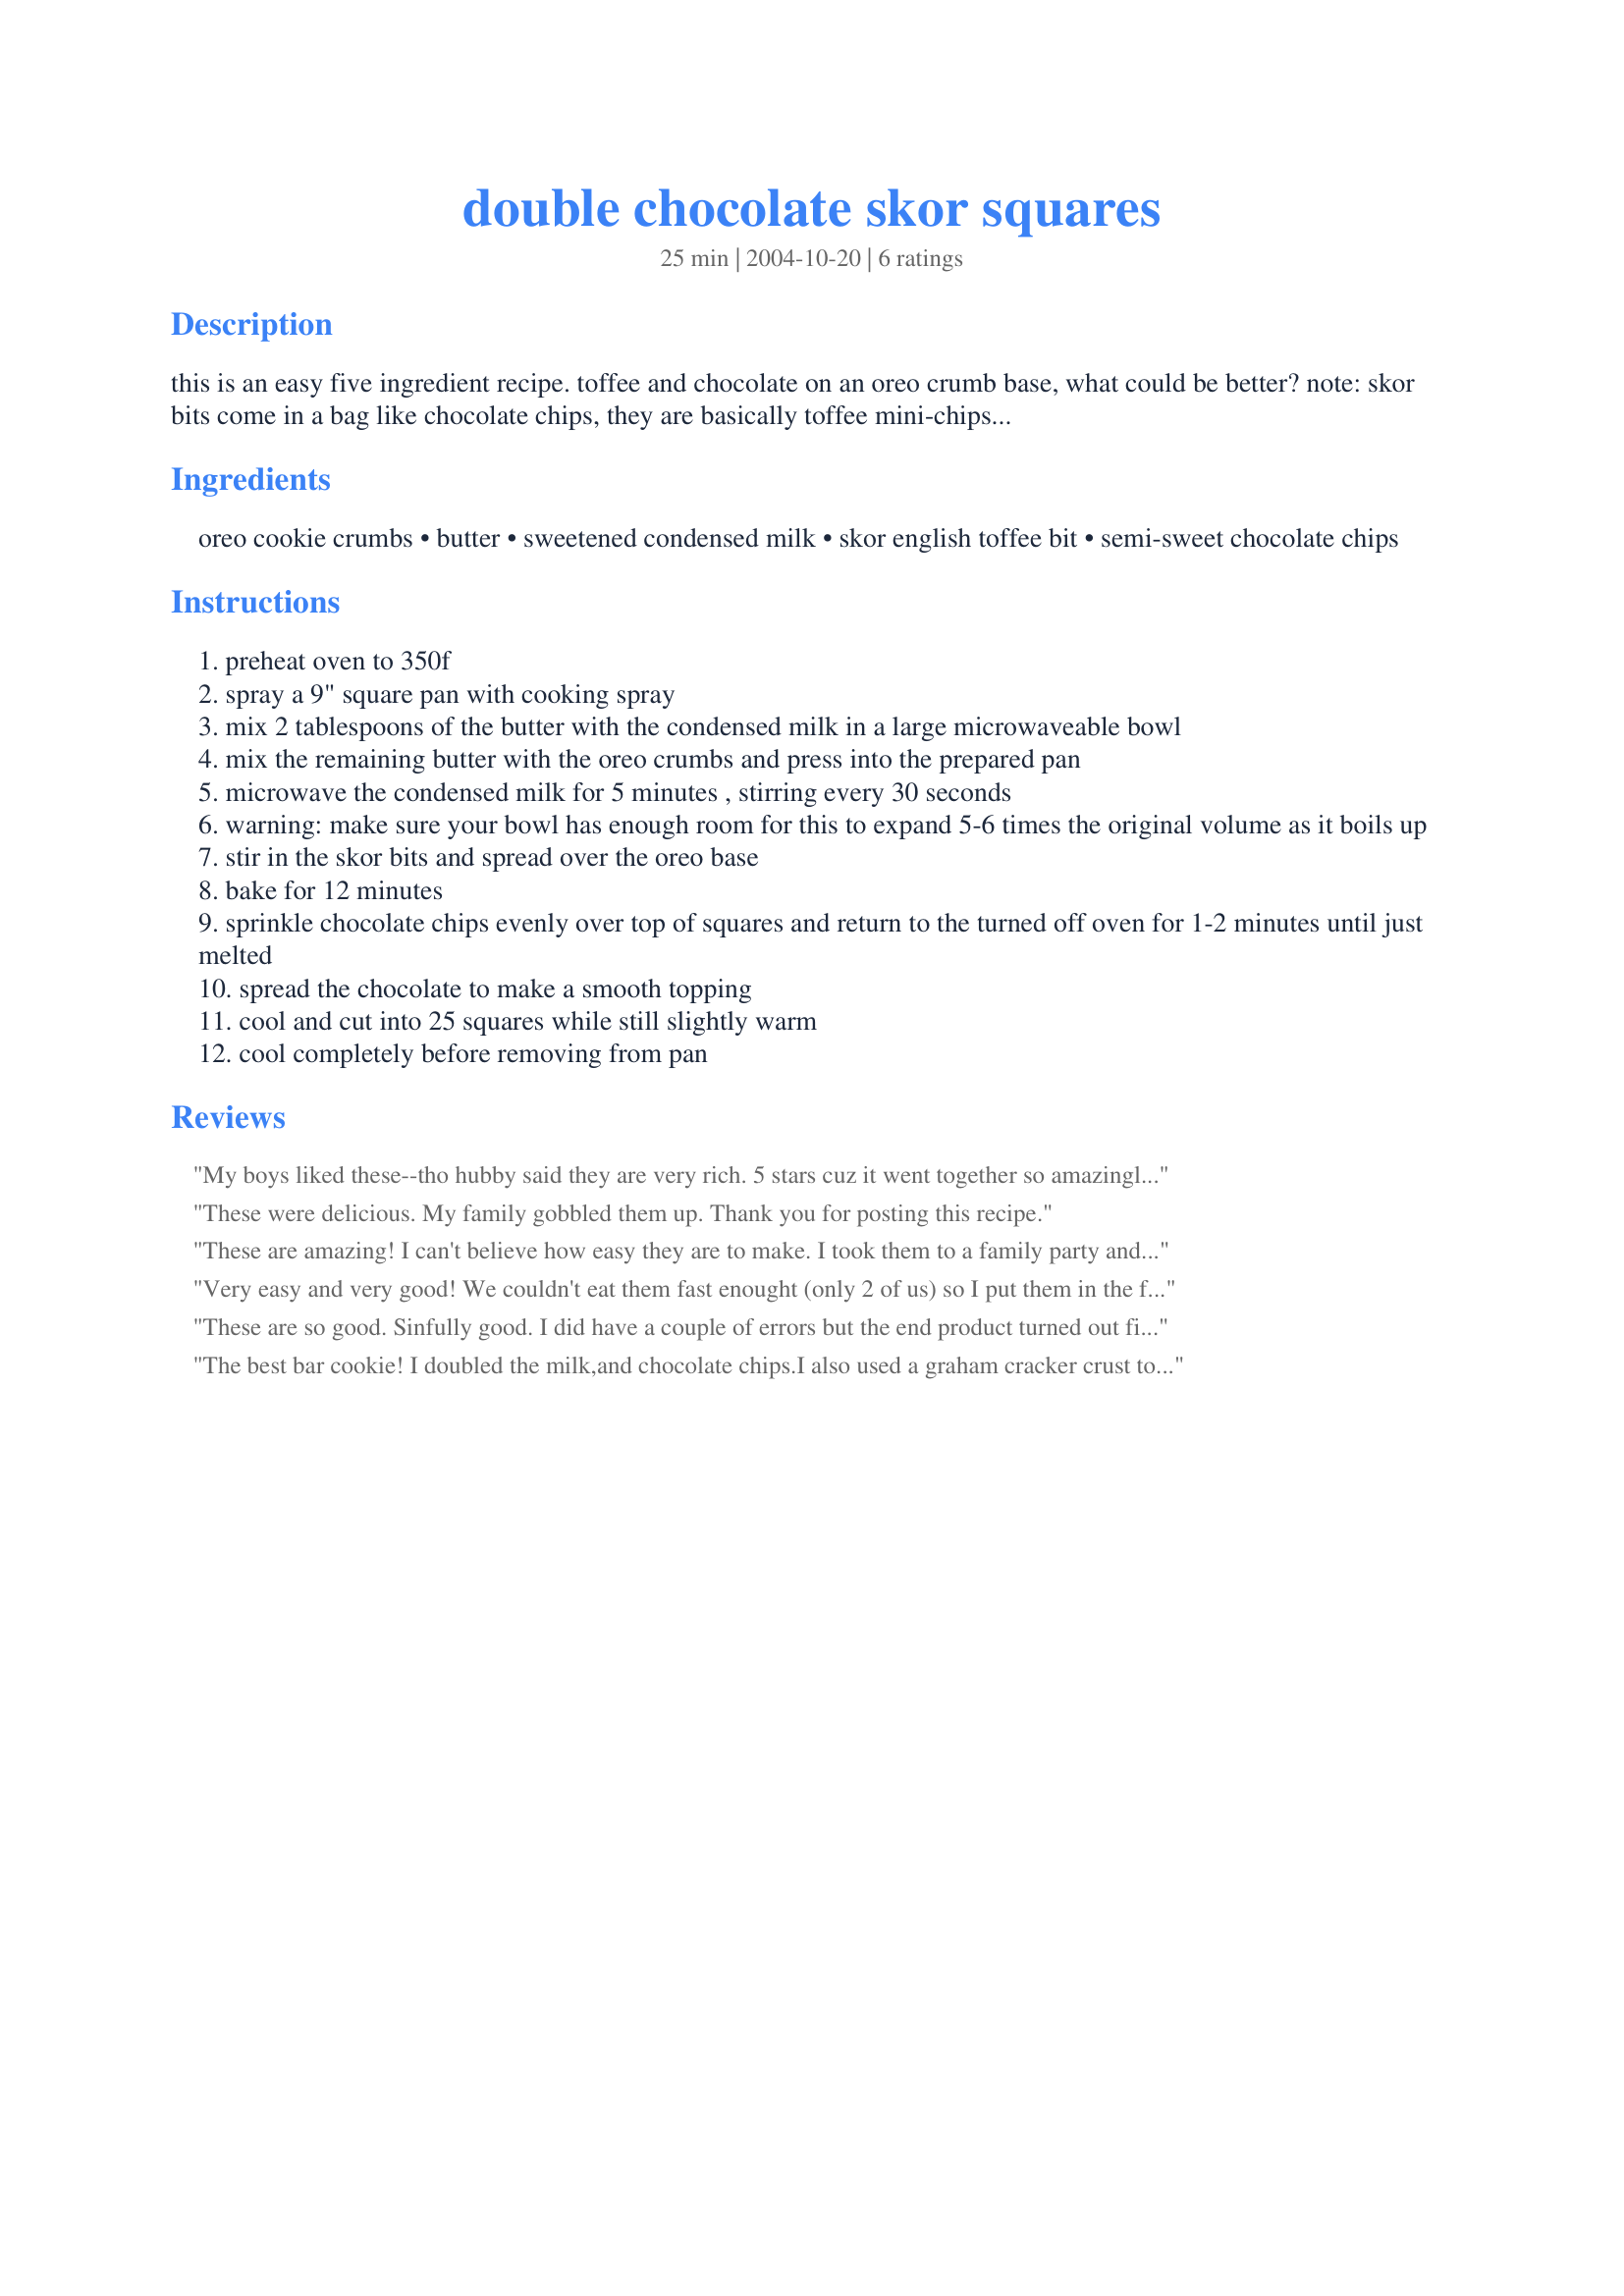
double chocolate skor squares
Preparation time: 25 minutes

this is an easy five ingredient recipe. toffee and chocolate on an oreo crumb base, what could be better?

note: skor bits come in a bag like chocolate chips, they are basically toffee mini-chips. i don't think this is the same as a chopped up skor bar...

Ingredients:
oreo cookie crumbs, butter, sweetened condensed milk, skor english toffee bit, semi-sweet chocolate chips

Steps:
preheat oven to 350f
spray a 9" square pan with cooking spray
mix 2 tablespoons of the butter with the condensed milk in a large microwaveable bowl
mix the remaining butter with the oreo crumbs and press into the prepared pan
microwave the condensed milk for 5 minutes , stirring every 30 seconds
warning: make sure your bowl has enough room for this to expand 5-6 times the original volume as it boils up
stir in the skor bits and spread over the oreo base
bake for 12 minutes
sprinkle chocolate chips evenly over top of squares and return to the turned off oven for 1-2 minutes until just melted
spread the chocolate to make a smooth topping
cool and cut into 25 squares while still slightly warm
cool completely before removing from pan

Reviews:
My boys liked these--tho hubby said they are very rich. 5 stars cuz it went together so amazingly easy
These were delicious. My family gobbled them up. Thank you for posting this recipe.
These are amazing! I can't believe how easy they are to make. I took them to a family party and everyone raved! Definitely will make again.
Very easy and very good! We couldn't eat them fast enought (only 2 of us) so I put them in the freezer. I would like to try this with a different crumb base next time (maybe graham??) Very good and a nice treat! Thanks!
These are so good. Sinfully good. I did have a couple of errors but the end product turned out fine. Firstly, I didn't have quite enough Oreo crumbs so I had to top it off with Graham Cracker Crumbs (no problem) and secondly I didn't read the directions well and dumped in the whole package of Skor bits (how could that be bad?). All in all it turned out great and will be made again and again. Thanks for posting this yummy treat.
The best bar cookie!
I doubled the milk,and chocolate chips.I also used a graham cracker crust too.This was a great recipe,thanks!
